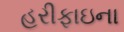
હરીફાઇના